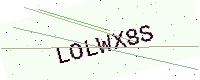
Text: LOLWX8S